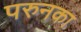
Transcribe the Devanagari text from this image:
परुनका